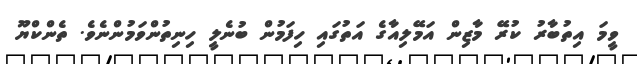
ވީމަ އިތުބާރު ކުރޭ މާޒިން އަމޭލިއާގެ އަތުގައި ހިފަމުން ބުނެލީ ހިނިތުންވަމުންނެވެ. ތެންކްޔޫ